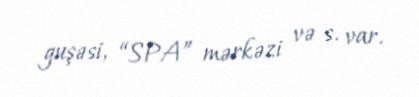
guşəsi, “SPA” mərkəzi və s. var.